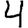
Digit: 4